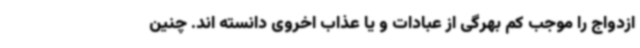
ازدواج را موجب کم بهرگی از عبادات و یا عذاب اخروی دانسته اند. چنین